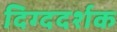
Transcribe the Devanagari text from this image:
दिग्ददर्शक